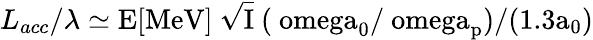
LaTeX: L_{acc}/\lambda\simeq\mathrm{{E[MeV]}~\sqrt{I}~(\ omega_{0}/\ omega_{p})/(1.3a_{0})}